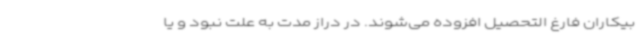
بیکاران فارغ التحصیل افزوده می‌شوند. در دراز مدت به علت نبود و یا